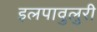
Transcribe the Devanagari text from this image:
इलपावुलुरी